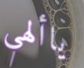
ياألهي